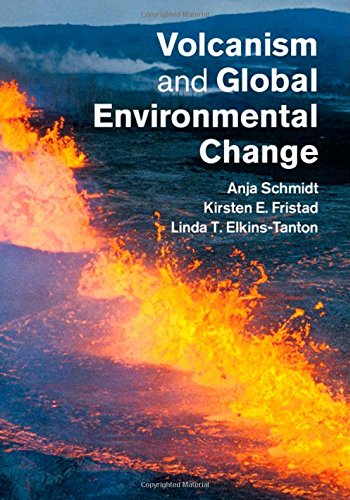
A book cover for Volcanism and Global Environmental Change; Science & Math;